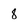
Character: 8